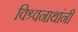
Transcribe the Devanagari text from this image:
विश्र्वनाथांनी